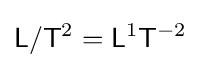
{\mathsf {L}}/{\mathsf {T}}^{2}={\mathsf {L}}^{1}{\mathsf {T}}^{-2}